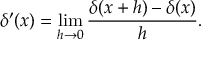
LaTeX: \delta ^ { \prime } ( x ) = \operatorname* { l i m } _ { h \to 0 } { \frac { \delta ( x + h ) - \delta ( x ) } { h } } .